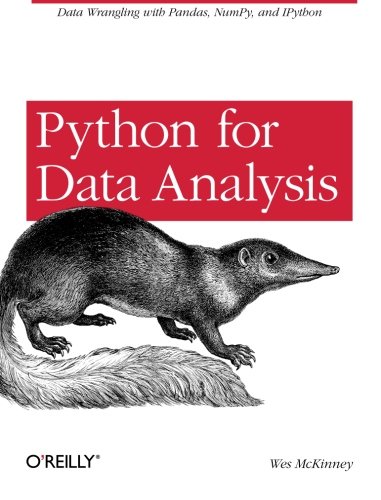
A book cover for Python for Data Analysis: Data Wrangling with Pandas, NumPy, and IPython; Wes McKinney; Computers & Technology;